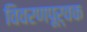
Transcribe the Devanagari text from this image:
विवरणपूर्वक